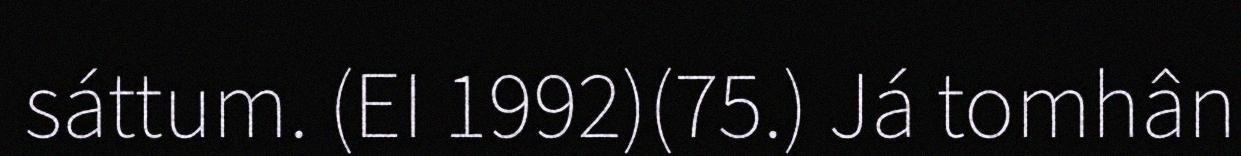
sáttum. (EI 1992)(75.) Já tomhân